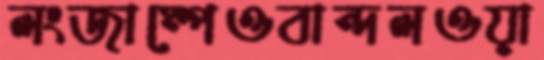
লংজাম্পেওবান্দলওয়া